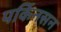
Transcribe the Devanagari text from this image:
पर्किनसन